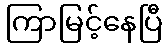
ကြာမြင့်နေပြီ